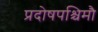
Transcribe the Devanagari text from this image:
प्रदोषपश्चिमौ